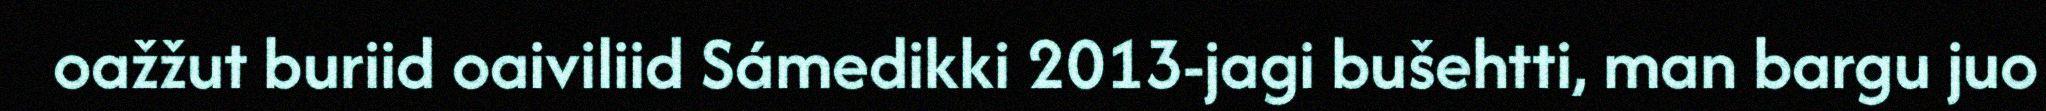
oažžut buriid oaiviliid Sámedikki 2013-jagi bušehtti, man bargu juo